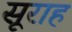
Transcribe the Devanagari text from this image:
सूराह